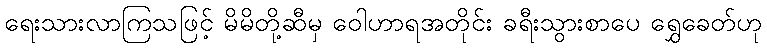
ရေးသားလာကြသဖြင့် မိမိတို့ဆီမှ ဝေါဟာရအတိုင်း ခရီးသွားစာပေ ရွှေခေတ်ဟု